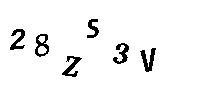
28ZS3V